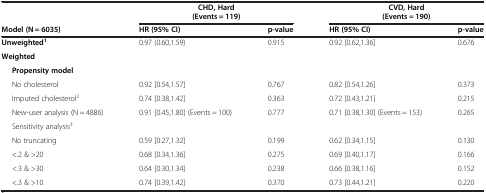
<table><thead><tr><td><b> </b></td><td><b>CHD, Hard</b></td><td><b> </b></td><td><b>CVD, Hard</b></td><td><b> </b></td></tr><tr><td><b> </b></td><td><b>(Events = 119)</b></td><td><b> </b></td><td><b>(Events = 190)</b></td><td><b> </b></td></tr><tr><td><b>Model (N = 6035)</b></td><td><b>HR (95% CI)</b></td><td><b>p-value</b></td><td><b>HR (95% CI)</b></td><td><b>p-value</b></td></tr></thead><tbody><tr><td><b>Unweighted</b><sup><b>1</b></sup></td><td>0.97 (0.60,1.59)</td><td>0.915</td><td>0.92 [0.62,1.36]</td><td>0.676</td></tr><tr><td><b>Weighted</b></td><td> </td><td> </td><td> </td><td> </td></tr><tr><td><b>Propensity model</b></td><td> </td><td> </td><td> </td><td> </td></tr><tr><td>No cholesterol</td><td>0.92 [0.54,1.57]</td><td>0.767</td><td>0.82 [0.54,1.26]</td><td>0.373</td></tr><tr><td>Imputed cholesterol<sup>2</sup></td><td>0.74 [0.38,1.42]</td><td>0.363</td><td>0.72 [0.43,1.21]</td><td>0.215</td></tr><tr><td>New-user analysis (N = 4886)</td><td>0.91 [0.45,1.80] (Events = 100)</td><td>0.777</td><td>0.71 [0.38,1.30] (Events = 153)</td><td>0.265</td></tr><tr><td>Sensitivity analysis<sup>3</sup></td><td> </td><td> </td><td> </td><td> </td></tr><tr><td>No truncating</td><td>0.59 [0.27,1.32]</td><td>0.199</td><td>0.62 [0.34,1.15]</td><td>0.130</td></tr><tr><td>&lt;.2 &amp; &gt;20</td><td>0.68 [0.34,1.36]</td><td>0.275</td><td>0.69 [0.40,1.17]</td><td>0.166</td></tr><tr><td>&lt;.3 &amp; &gt;30</td><td>0.64 [0.30,1.34]</td><td>0.238</td><td>0.66 [0.38,1.16]</td><td>0.152</td></tr><tr><td>&lt;.3 &amp; &gt;10</td><td>0.74 [0.39,1.42]</td><td>0.370</td><td>0.73 [0.44,1.21]</td><td>0.220</td></tr></tbody></table>